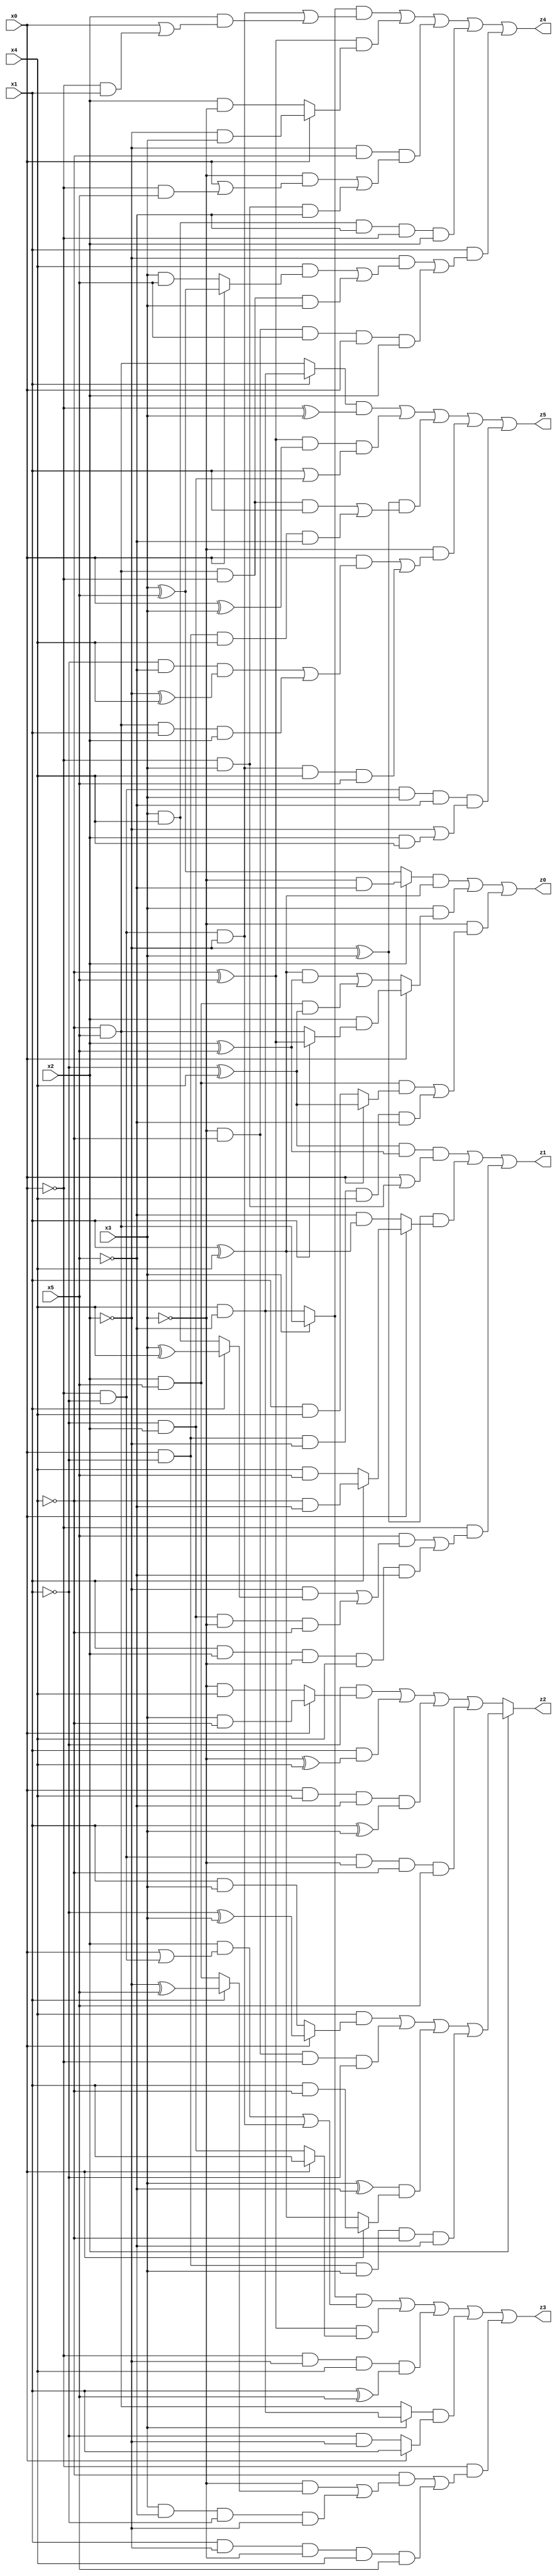
// Benchmark "X_55" written by ABC on Wed Jun 07 23:40:11 2023

module X_55 ( 
    x0, x1, x2, x3, x4, x5,
    z0, z1, z2, z3, z4, z5  );
  input  x0, x1, x2, x3, x4, x5;
  output z0, z1, z2, z3, z4, z5;
  assign z0 = ((x2 ? (~x3 & ~x5) : (x3 ^ x5)) & (x1 ^ x4)) | (x3 & (x0 ? (x2 & (x1 ? (~x4 ^ x5) : (~x4 & x5))) : (((x1 ^ x4) & (x2 ^ x5)) | (x2 & x5 & (~x1 ^ x4))))) | (~x3 & ((x2 & x5 & (x0 ? (~x1 ^ x4) : (x1 & x4))) | (x0 & ~x1 & ~x2 & x4 & ~x5)));
  assign z1 = ((~x1 ^ x4) & (x2 ^ x5) & (x0 | (~x0 & x3))) | ((~x2 ^ x3) & (x0 ? (x1 ? (~x4 & ~x5) : (x4 & x5)) : (~x5 & (x1 ^ x4)))) | (~x0 & ((x5 & ((~x2 & (x1 ? (x3 ^ x4) : (x3 & x4))) | (~x1 & x2 & ~x3 & ~x4))) | (x1 & x2 & ~x3 & x4 & ~x5)));
  assign z2 = x2 ? ((x4 & (x0 ? (~x1 ^ x3) : (x1 & x3))) | (~x3 & ~x4 & ~x0 & ~x1) | ((x3 ^ ~x5) & (x0 ? (x1 & ~x4) : (x1 ^ x4))) | (x0 & ~x1 & x3 & ~x4 & ~x5)) : ((~x1 & (x0 ? (x3 & ~x4) : (~x3 & x4))) | (x1 & (~x3 ^ x4)) | (x0 & x4 & ~x5 & (x1 ^ x3)) | (~x0 & ~x1 & ~x3 & ~x4 & x5));
  assign z3 = ((x3 ? (~x4 & x5) : (x4 & ~x5)) & ((x2 & (x0 | (~x0 & ~x1))) | (~x0 & ~x1 & ~x2))) | ((~x4 ^ x5) & (x0 ? x1 : (~x1 & x2))) | (~x0 & ~x2 & x4 & (x1 ^ x5)) | ((x3 ? (x4 & ~x5) : (~x4 & x5)) & (x0 ? x1 : (~x1 & ~x2))) | (~x0 & ((~x4 & ((~x3 & (x1 ? (~x2 ^ x5) : (x2 & x5))) | (x3 & ~x5 & ~x1 & ~x2))) | (x1 & ~x2 & ~x3 & x4 & x5)));
  assign z4 = ((x3 ? (~x4 & x5) : (x4 & ~x5)) & ((~x0 & ~x1 & ~x2) | (x2 & (x0 | (~x0 & x1))))) | ((~x4 ^ x5) & (x0 ? (~x2 & x3) : (x2 & ~x3))) | (~x2 & ~x4 & ((~x3 & (x0 | (~x0 & x5))) | (~x0 & x3 & ~x5))) | (x3 & x4 & ~x5 & ~x0 & x2) | (x1 & ((~x2 & ((x4 & (x0 ? (x3 ^ x5) : (x3 & x5))) | (~x4 & x5 & ~x0 & x3))) | (~x3 & ~x4 & x5 & x0 & x2)));
  assign z5 = ((x1 ? (x4 & ~x5) : (~x4 & x5)) & (~x0 ^ x3)) | ((~x4 ^ x5) & (x0 ^ x3) & (x1 | (~x1 & x2))) | ((~x2 ^ x3) & ((~x4 & x5 & ~x0 & x1) | (x0 & ~x1 & x4 & ~x5))) | (~x3 & ((x0 & ((~x1 & ~x5 & (~x2 ^ x4)) | (~x4 & x5 & x1 & x2))) | (~x0 & ~x1 & ~x2 & x4 & x5))) | (~x0 & ~x1 & x3 & ~x5 & (~x2 | (x2 & x4)));
endmodule